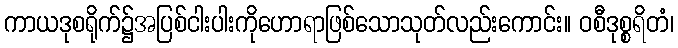
ကာယဒုစရိုက်၌အပြစ်ငါးပါးကိုဟောရာဖြစ်သောသုတ်လည်းကောင်း။ ဝစီဒုစ္စရိတံ၊